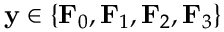
\mathbf { y } \in \{ \mathbf { F } _ { 0 } , \mathbf { F } _ { 1 } , \mathbf { F } _ { 2 } , \mathbf { F } _ { 3 } \}